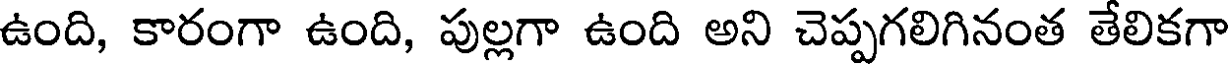
ఉంది, కారంగా ఉంది, పుల్లగా ఉంది అని చెప్పగలిగినంత తేలికగా